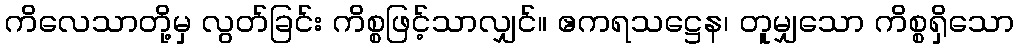
ကိလေသာတို့မှ လွတ်ခြင်း ကိစ္စဖြင့်သာလျှင်။ ဧကရသဋ္ဌေန၊ တူမျှသော ကိစ္စရှိသော